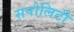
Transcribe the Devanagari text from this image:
सपोलिटी